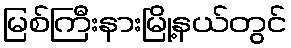
မြစ်ကြီးနားမြို့နယ်တွင်